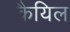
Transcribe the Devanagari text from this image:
कैयिल